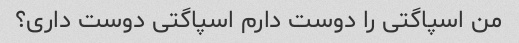
من اسپاگتی را دوست دارم اسپاگتی دوست داری؟